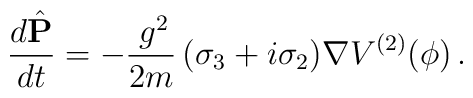
\frac{d\hat{{\mathbf P}}}{dt} = - \frac{\,g^2}{2m}\,(\sigma_3 + i\sigma_2){\mathbf \nabla} V^{(2)}(\phi)\,.